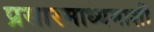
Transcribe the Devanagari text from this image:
प्रसारमाध्यमाशी